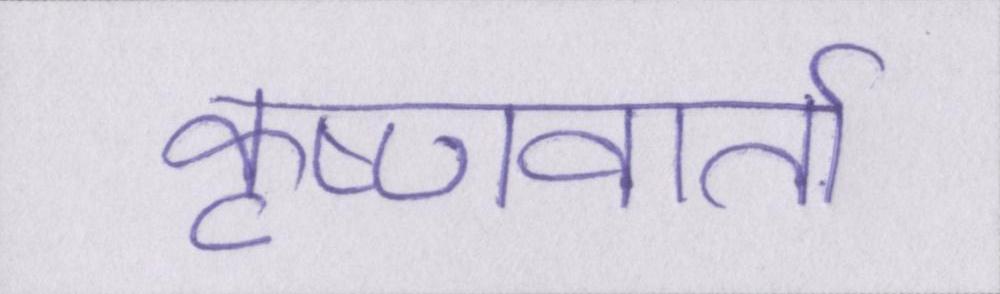
कृष्णवार्ता